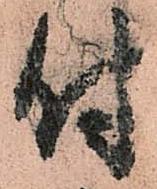
付